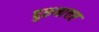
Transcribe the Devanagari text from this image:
पुरूषावर